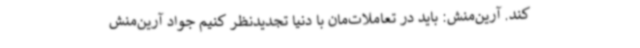
کند. آرین‌منش: باید در تعاملات‌مان با دنیا تجدیدنظر کنیم جواد آرین‌منش